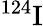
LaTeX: {}^{124}\mathrm{I}